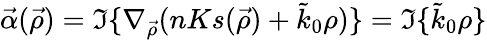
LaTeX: \vec{\alpha}(\vec{\rho})=\Im\{ \nabla_{\vec{\rho}}(nKs(\vec{\rho})+\tilde{k}_{0}\rho)\} =\Im\{ \tilde{k}_{0}\rho\}